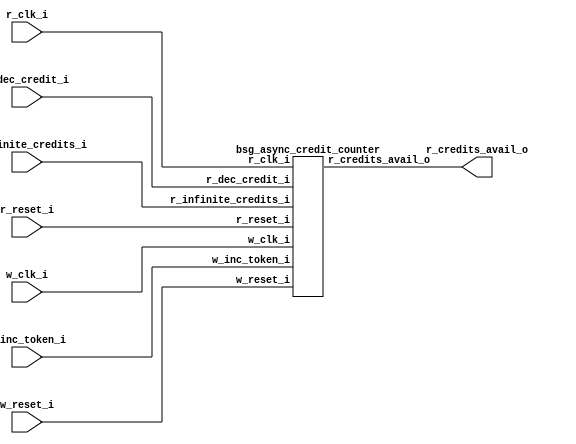


module top
(
  w_clk_i,
  w_inc_token_i,
  w_reset_i,
  r_clk_i,
  r_reset_i,
  r_dec_credit_i,
  r_infinite_credits_i,
  r_credits_avail_o
);

  input w_clk_i;
  input w_inc_token_i;
  input w_reset_i;
  input r_clk_i;
  input r_reset_i;
  input r_dec_credit_i;
  input r_infinite_credits_i;
  output r_credits_avail_o;

  bsg_async_credit_counter
  wrapper
  (
    .w_clk_i(w_clk_i),
    .w_inc_token_i(w_inc_token_i),
    .w_reset_i(w_reset_i),
    .r_clk_i(r_clk_i),
    .r_reset_i(r_reset_i),
    .r_dec_credit_i(r_dec_credit_i),
    .r_infinite_credits_i(r_infinite_credits_i),
    .r_credits_avail_o(r_credits_avail_o)
  );


endmodule



module bsg_launch_sync_sync_posedge_3_unit
(
  iclk_i,
  iclk_reset_i,
  oclk_i,
  iclk_data_i,
  iclk_data_o,
  oclk_data_o
);

  input [2:0] iclk_data_i;
  output [2:0] iclk_data_o;
  output [2:0] oclk_data_o;
  input iclk_i;
  input iclk_reset_i;
  input oclk_i;
  wire N0,N1,N2,N3,N4,N5;
  reg [2:0] iclk_data_o,bsg_SYNC_1_r,oclk_data_o;
  assign { N5, N4, N3 } = (N0)? { 1'b0, 1'b0, 1'b0 } : 
                          (N1)? iclk_data_i : 1'b0;
  assign N0 = iclk_reset_i;
  assign N1 = N2;
  assign N2 = ~iclk_reset_i;

  always @(posedge iclk_i) begin
    if(1'b1) begin
      { iclk_data_o[2:0] } <= { N5, N4, N3 };
    end 
  end


  always @(posedge oclk_i) begin
    if(1'b1) begin
      { bsg_SYNC_1_r[2:0] } <= { iclk_data_o[2:0] };
      { oclk_data_o[2:0] } <= { bsg_SYNC_1_r[2:0] };
    end 
  end


endmodule



module bsg_launch_sync_sync_width_p3_use_negedge_for_launch_p0_use_async_reset_p0
(
  iclk_i,
  iclk_reset_i,
  oclk_i,
  iclk_data_i,
  iclk_data_o,
  oclk_data_o
);

  input [2:0] iclk_data_i;
  output [2:0] iclk_data_o;
  output [2:0] oclk_data_o;
  input iclk_i;
  input iclk_reset_i;
  input oclk_i;
  wire [2:0] iclk_data_o,oclk_data_o;

  bsg_launch_sync_sync_posedge_3_unit
  sync_p_z_blss
  (
    .iclk_i(iclk_i),
    .iclk_reset_i(iclk_reset_i),
    .oclk_i(oclk_i),
    .iclk_data_i(iclk_data_i),
    .iclk_data_o(iclk_data_o),
    .oclk_data_o(oclk_data_o)
  );


endmodule



module bsg_async_ptr_gray_lg_size_p3_use_negedge_for_launch_p0_use_async_reset_p0
(
  w_clk_i,
  w_reset_i,
  w_inc_i,
  r_clk_i,
  w_ptr_binary_r_o,
  w_ptr_gray_r_o,
  w_ptr_gray_r_rsync_o
);

  output [2:0] w_ptr_binary_r_o;
  output [2:0] w_ptr_gray_r_o;
  output [2:0] w_ptr_gray_r_rsync_o;
  input w_clk_i;
  input w_reset_i;
  input w_inc_i;
  input r_clk_i;
  wire [2:0] w_ptr_gray_r_o,w_ptr_gray_r_rsync_o,w_ptr_p2,w_ptr_gray_n;
  wire N0,N1,N2,N3,N4;
  reg [2:0] w_ptr_p1_r,w_ptr_binary_r_o;

  bsg_launch_sync_sync_width_p3_use_negedge_for_launch_p0_use_async_reset_p0
  ptr_sync
  (
    .iclk_i(w_clk_i),
    .iclk_reset_i(w_reset_i),
    .oclk_i(r_clk_i),
    .iclk_data_i(w_ptr_gray_n),
    .iclk_data_o(w_ptr_gray_r_o),
    .oclk_data_o(w_ptr_gray_r_rsync_o)
  );

  assign w_ptr_p2 = w_ptr_p1_r + 1'b1;
  assign w_ptr_gray_n = (N0)? { w_ptr_p1_r[2:2], N3, N4 } : 
                        (N1)? w_ptr_gray_r_o : 1'b0;
  assign N0 = w_inc_i;
  assign N1 = N2;
  assign N2 = ~w_inc_i;
  assign N3 = w_ptr_p1_r[2] ^ w_ptr_p1_r[1];
  assign N4 = w_ptr_p1_r[1] ^ w_ptr_p1_r[0];

  always @(posedge w_clk_i) begin
    if(w_reset_i) begin
      { w_ptr_p1_r[2:0] } <= { 1'b0, 1'b0, 1'b1 };
      { w_ptr_binary_r_o[2:0] } <= { 1'b0, 1'b0, 1'b0 };
    end else if(w_inc_i) begin
      { w_ptr_p1_r[2:0] } <= { w_ptr_p2[2:0] };
      { w_ptr_binary_r_o[2:0] } <= { w_ptr_p1_r[2:0] };
    end 
  end


endmodule



module bsg_async_credit_counter
(
  w_clk_i,
  w_inc_token_i,
  w_reset_i,
  r_clk_i,
  r_reset_i,
  r_dec_credit_i,
  r_infinite_credits_i,
  r_credits_avail_o
);

  input w_clk_i;
  input w_inc_token_i;
  input w_reset_i;
  input r_clk_i;
  input r_reset_i;
  input r_dec_credit_i;
  input r_infinite_credits_i;
  output r_credits_avail_o;
  wire r_credits_avail_o,N0,N1,N2,N3,N4,N5,N6,N7,N8,N9,N10,N11,N12,N13,N14,N15,N16,N17,
  N18,N19,N20,N21,N22,N23,N24,N25,N26,N27,N28,N29,N30,N31,N32,N33,N34,N35,N36,N37,
  N38,N39,N40,N41,N42,N43,N44,N45,N46,N47,N48,N49,N50,N51,N52,N53,N54,N55,N56,N57,
  N58,N59,N60,N61,N62,N63,N64,N65,N66,N67,N68,N69,N70,N71,N72,
  r_counter_r_lo_bits_nonzero,N73,N74,N75,N76,N77,N78,N79,N80,N81,N82,N83,N84,N85,N86,N87,N88,N89,N90,
  N91,N92,N93,N94,N95,N96,N97,N98,N99,N100,N101,N102,N103,N104,
  SYNOPSYS_UNCONNECTED_1,SYNOPSYS_UNCONNECTED_2,SYNOPSYS_UNCONNECTED_3;
  wire [2:0] w_counter_gray_r,w_counter_gray_r_rsync;
  wire [1:0] r_counter_r_hi_bits_gray;
  reg [34:0] r_counter_r;

  bsg_async_ptr_gray_lg_size_p3_use_negedge_for_launch_p0_use_async_reset_p0
  bapg
  (
    .w_clk_i(w_clk_i),
    .w_reset_i(w_reset_i),
    .w_inc_i(w_inc_token_i),
    .r_clk_i(r_clk_i),
    .w_ptr_binary_r_o({ SYNOPSYS_UNCONNECTED_1, SYNOPSYS_UNCONNECTED_2, SYNOPSYS_UNCONNECTED_3 }),
    .w_ptr_gray_r_o(w_counter_gray_r),
    .w_ptr_gray_r_rsync_o(w_counter_gray_r_rsync)
  );

  assign N73 = { r_counter_r[34:34], r_counter_r_hi_bits_gray } != w_counter_gray_r_rsync;
  assign { N37, N36, N35, N34, N33, N32, N31, N30, N29, N28, N27, N26, N25, N24, N23, N22, N21, N20, N19, N18, N17, N16, N15, N14, N13, N12, N11, N10, N9, N8, N7, N6, N5, N4, N3 } = r_counter_r + r_dec_credit_i;
  assign { N72, N71, N70, N69, N68, N67, N66, N65, N64, N63, N62, N61, N60, N59, N58, N57, N56, N55, N54, N53, N52, N51, N50, N49, N48, N47, N46, N45, N44, N43, N42, N41, N40, N39, N38 } = (N0)? { 1'b0, 1'b1, 1'b1, 1'b0, 1'b0, 1'b0, 1'b0, 1'b0, 1'b0, 1'b0, 1'b0, 1'b0, 1'b0, 1'b0, 1'b0, 1'b0, 1'b0, 1'b0, 1'b0, 1'b0, 1'b0, 1'b0, 1'b0, 1'b0, 1'b0, 1'b0, 1'b0, 1'b0, 1'b0, 1'b0, 1'b0, 1'b0, 1'b0, 1'b0, 1'b0 } : 
                                                                                                                                                                                             (N1)? { N37, N36, N35, N34, N33, N32, N31, N30, N29, N28, N27, N26, N25, N24, N23, N22, N21, N20, N19, N18, N17, N16, N15, N14, N13, N12, N11, N10, N9, N8, N7, N6, N5, N4, N3 } : 1'b0;
  assign N0 = r_reset_i;
  assign N1 = N2;
  assign N2 = ~r_reset_i;
  assign r_counter_r_lo_bits_nonzero = N103 | r_counter_r[0];
  assign N103 = N102 | r_counter_r[1];
  assign N102 = N101 | r_counter_r[2];
  assign N101 = N100 | r_counter_r[3];
  assign N100 = N99 | r_counter_r[4];
  assign N99 = N98 | r_counter_r[5];
  assign N98 = N97 | r_counter_r[6];
  assign N97 = N96 | r_counter_r[7];
  assign N96 = N95 | r_counter_r[8];
  assign N95 = N94 | r_counter_r[9];
  assign N94 = N93 | r_counter_r[10];
  assign N93 = N92 | r_counter_r[11];
  assign N92 = N91 | r_counter_r[12];
  assign N91 = N90 | r_counter_r[13];
  assign N90 = N89 | r_counter_r[14];
  assign N89 = N88 | r_counter_r[15];
  assign N88 = N87 | r_counter_r[16];
  assign N87 = N86 | r_counter_r[17];
  assign N86 = N85 | r_counter_r[18];
  assign N85 = N84 | r_counter_r[19];
  assign N84 = N83 | r_counter_r[20];
  assign N83 = N82 | r_counter_r[21];
  assign N82 = N81 | r_counter_r[22];
  assign N81 = N80 | r_counter_r[23];
  assign N80 = N79 | r_counter_r[24];
  assign N79 = N78 | r_counter_r[25];
  assign N78 = N77 | r_counter_r[26];
  assign N77 = N76 | r_counter_r[27];
  assign N76 = N75 | r_counter_r[28];
  assign N75 = N74 | r_counter_r[29];
  assign N74 = r_counter_r[31] | r_counter_r[30];
  assign r_counter_r_hi_bits_gray[1] = r_counter_r[34] ^ r_counter_r[33];
  assign r_counter_r_hi_bits_gray[0] = r_counter_r[33] ^ r_counter_r[32];
  assign r_credits_avail_o = N104 | N73;
  assign N104 = r_infinite_credits_i | r_counter_r_lo_bits_nonzero;

  always @(posedge r_clk_i) begin
    if(1'b1) begin
      { r_counter_r[34:0] } <= { N72, N71, N70, N69, N68, N67, N66, N65, N64, N63, N62, N61, N60, N59, N58, N57, N56, N55, N54, N53, N52, N51, N50, N49, N48, N47, N46, N45, N44, N43, N42, N41, N40, N39, N38 };
    end 
  end


endmodule